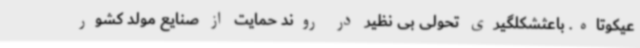
عیکوتاه. باعثشکلگیری تحولی بی نظیر در روند حمایت از صنایع مولد کشور